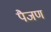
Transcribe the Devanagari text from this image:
पैजण